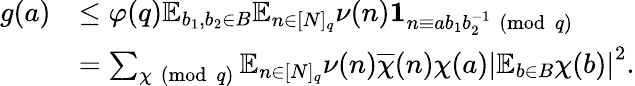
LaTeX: \begin{array}{rl}{g(a)}&{\leq\varphi(q)\mathbb{E}_{b_{1},b_{2}\in B}\mathbb{E}_{n\in[N]_{q}}\nu(n)\mathbf{1}_{n\equiv ab_{1}b_{2}^{-1}\pmod{q}}}\\ &{=\sum_{\chi\pmod{q}}\mathbb{E}_{n\in[N]_{q}}\nu(n)\overline{{\chi}}(n)\chi(a)\left|\mathbb{E}_{b\in B}\chi(b)\right|^{2}.}\end{array}